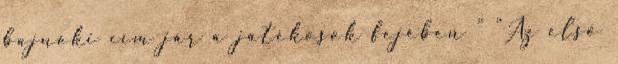
bajnoki cím jár a játékosok fejében ” “Az első